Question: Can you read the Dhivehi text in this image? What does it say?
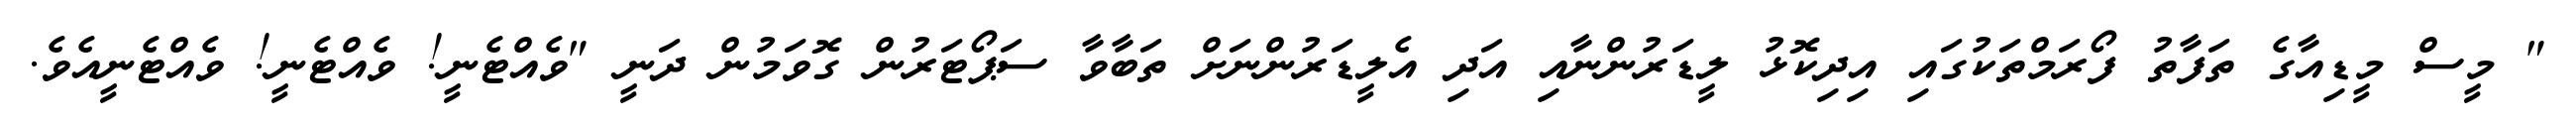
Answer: " މީސް މީޑިއާގެ ތަފާތު ފޯރަމްތަކުގައި އިދިކޮޅު ލީޑަރުންނާއި އަދި އެލީޑަރުންނަށް ތަބާވާ ސަޕޯޓަރުން ގޮވަމުން ދަނީ "ވެއްޓެނީ! ވެއްޓެނީ! ވެއްޓެނީއެވެ.